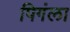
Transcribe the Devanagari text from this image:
पिगंला